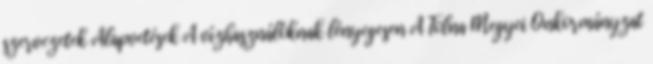
szervezetek Alapvetések A vízhasználóknak lényegesen A Tolna Megyei Önkormányzat